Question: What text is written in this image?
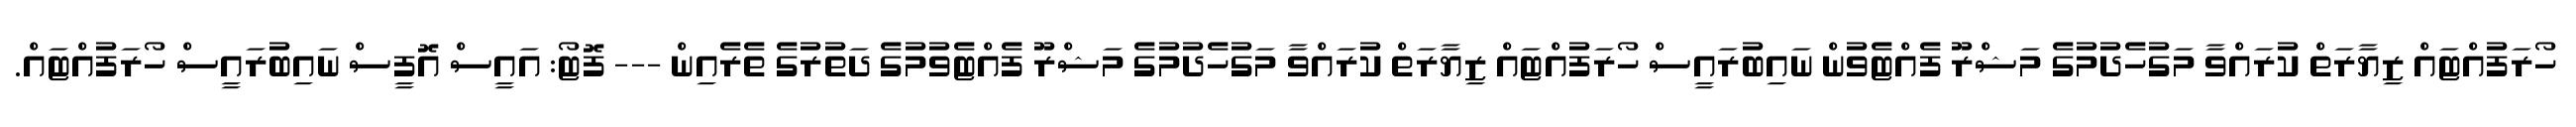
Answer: ހޯރަފުއްޓައް ޒިޔާރަތް ކުރައްވާ މަގުހެދުމުގެ މަޝްރޫ ފެއްޓެވުން ނައިބުރައީސް ހޯރަފުއްޓައް ޒިޔާރަތް ކުރައްވާ މަގުހެދުމުގެ މަޝްރޫ ފެއްޓެވުމުގެ ދަތުރުގެ ތެރެއިން --- ފޮޓޯ: އައީސް އޮފީސް ނައިބުރައީސް ހޯރަފުއްޓައް.